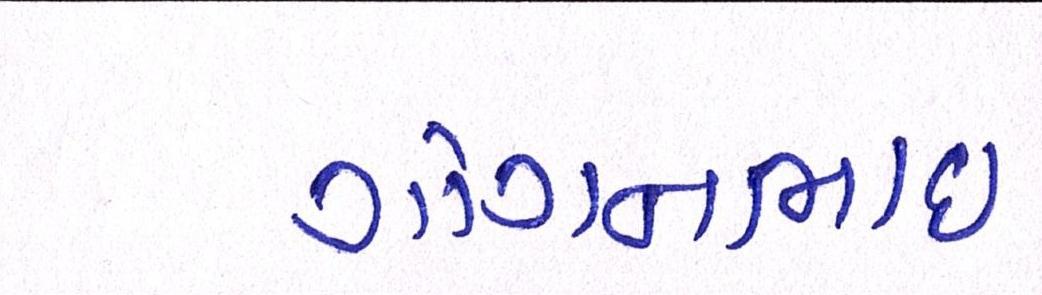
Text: ગોગનભાઇ